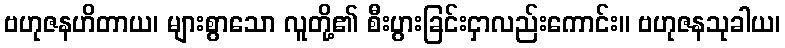
ဗဟုဇနဟိတာယ၊ များစွာသော လူတို့၏ စီးပွားခြင်းငှာလည်းကောင်း။ ဗဟုဇနသုခါယ၊